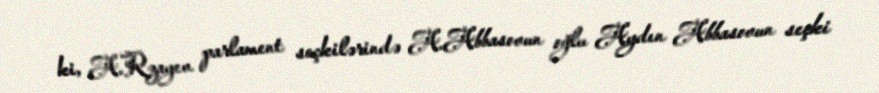
ki, A.Rzayev parlament seçkilərində A.Abbasovun oğlu Aydın Abbasovun seçki